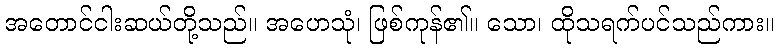
အတောင်ငါးဆယ်တို့သည်။ အဟေသုံ၊ ဖြစ်ကုန်၏။ သော၊ ထိုသရက်ပင်သည်ကား။